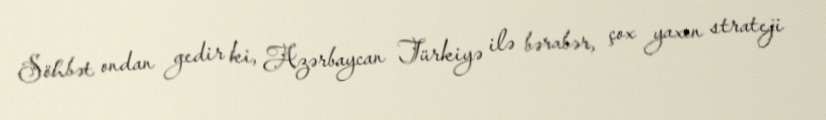
Söhbət ondan gedir ki, Azərbaycan Türkiyə ilə bərabər, çox yaxın strateji